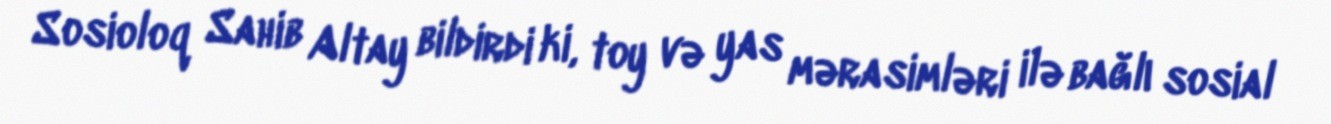
Sosioloq Sahib Altay bildirdi ki, toy və yas mərasimləri ilə bağlı sosial